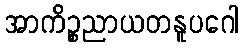
အာကိဉ္စညာယတနူပဂေါ